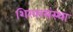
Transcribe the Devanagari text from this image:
शिखरसंस्था